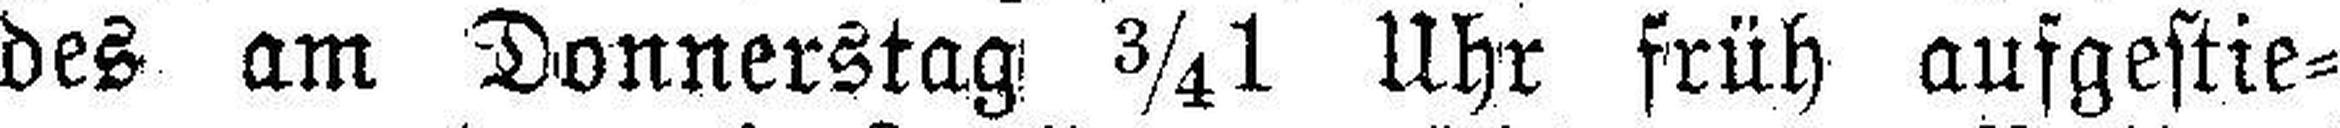
des am Donnerstag ¾1 Uhr früh aufgestie¬